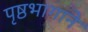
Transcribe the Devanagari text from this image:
पृष्ठभागाने